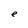
Character: e